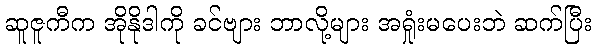
ဆူဇူကီက အိုနိုဒါကို ခင်ဗျား ဘာလို့များ အရှုံးမပေးဘဲ ဆက်ပြီး